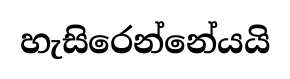
හැසිරෙන්නේයයි